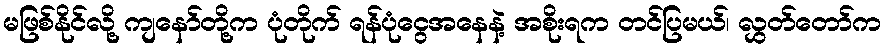
မဖြစ်နိုင်လို့ ကျနော်တို့က ပုံတိုက် ရန်ပုံငွေအနေနဲ့ အစိုးရက တင်ပြမယ်၊ လွှတ်တော်က